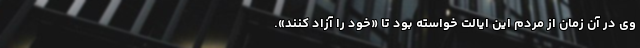
وی در آن زمان از مردم این ایالت خواسته بود تا «خود را آزاد کنند».